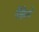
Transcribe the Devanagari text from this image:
पेंसिलों